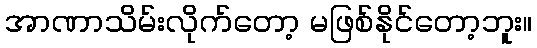
အာဏာသိမ်းလိုက်တော့ မဖြစ်နိုင်တော့ဘူး။